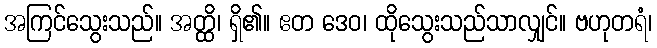
အကြင်သွေးသည်။ အတ္ထိ၊ ရှိ၏။ ဧတ ဒေဝ၊ ထိုသွေးသည်သာလျှင်။ ဗဟုတရံ၊